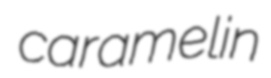
caramelin